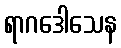
ရာဂဒေါသေန